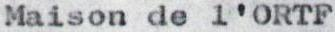
Maison de l'ORTF